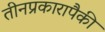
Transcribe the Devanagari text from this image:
तीनप्रकारापैकी